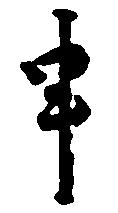
申